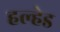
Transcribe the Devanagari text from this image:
हल्हेड